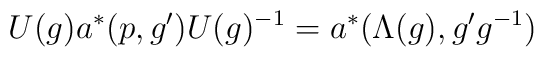
U(g)a^{*}(p,g^{\prime })U(g)^{-1}=a^{*}(\Lambda (g),g^{\prime }g^{-1})